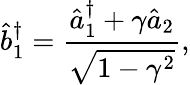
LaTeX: \hat{b}_{1}^{\dagger}=\frac{\hat{a}_{1}^{\dagger}+\gamma\hat{a}_{2}}{\sqrt{1-\gamma^{2}}},